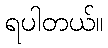
ရပါတယ်။